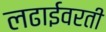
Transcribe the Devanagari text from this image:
लढाईवरती